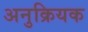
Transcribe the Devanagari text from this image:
अनुक्रियक